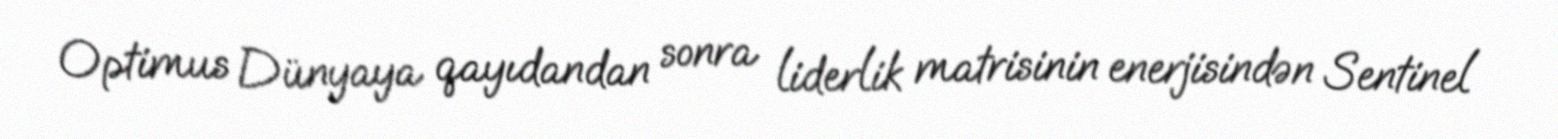
Optimus Dünyaya qayıdandan sonra liderlik matrisinin enerjisindən Sentinel